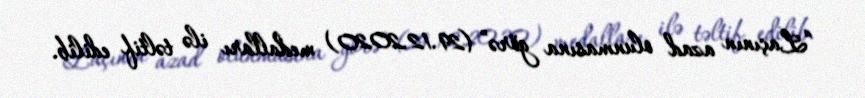
“Laçının azad olunmasına görə” (29.12.2020) medalları ilə təltif edilib.